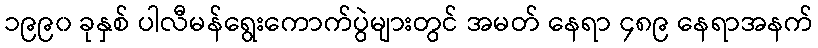
၁၉၉၀ ခုနှစ် ပါလီမန်ရွေးကောက်ပွဲများတွင် အမတ် နေရာ ၄၈၉ နေရာအနက်